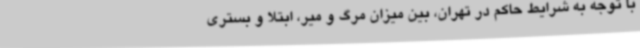
با توجه به شرایط حاکم در تهران، بین میزان مرگ و میر، ابتلا و بستری